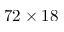
7 2 \times 1 8